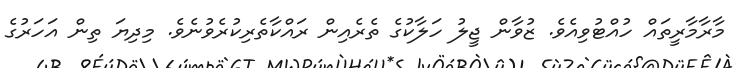
މާރާމާރީތައް ހުއްޓުވިއެވެ. ޒުވާން ޖީލު ހަލާކުގެ ތެރެއިން ރައްކާތެރިކުރެވުނެވެ. މިދިޔަ ތިން އަހަރުގެ